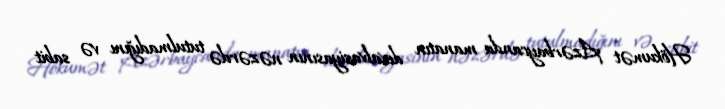
Hökumət Azərbaycanda manatın devalvasiyasının nəzərdə tutulmadığını və sabit